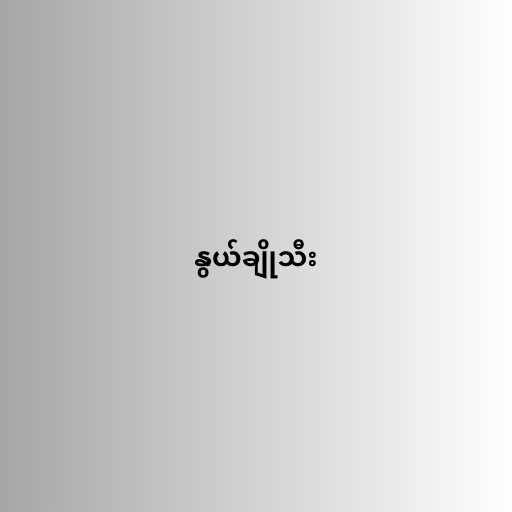
နွယ်ချိုသီး